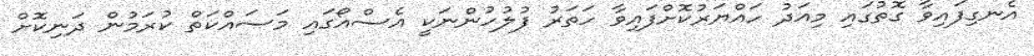
އެނގިފައިވާ ގޮތުގައި މިއަދު ހައްޔަރުކޮށްފައިވާ ހަތަރު ފުލުހުންނަކީ އެސްއޯގައި މަސައްކަތް ކުރަމުން ދަނިކޮށް